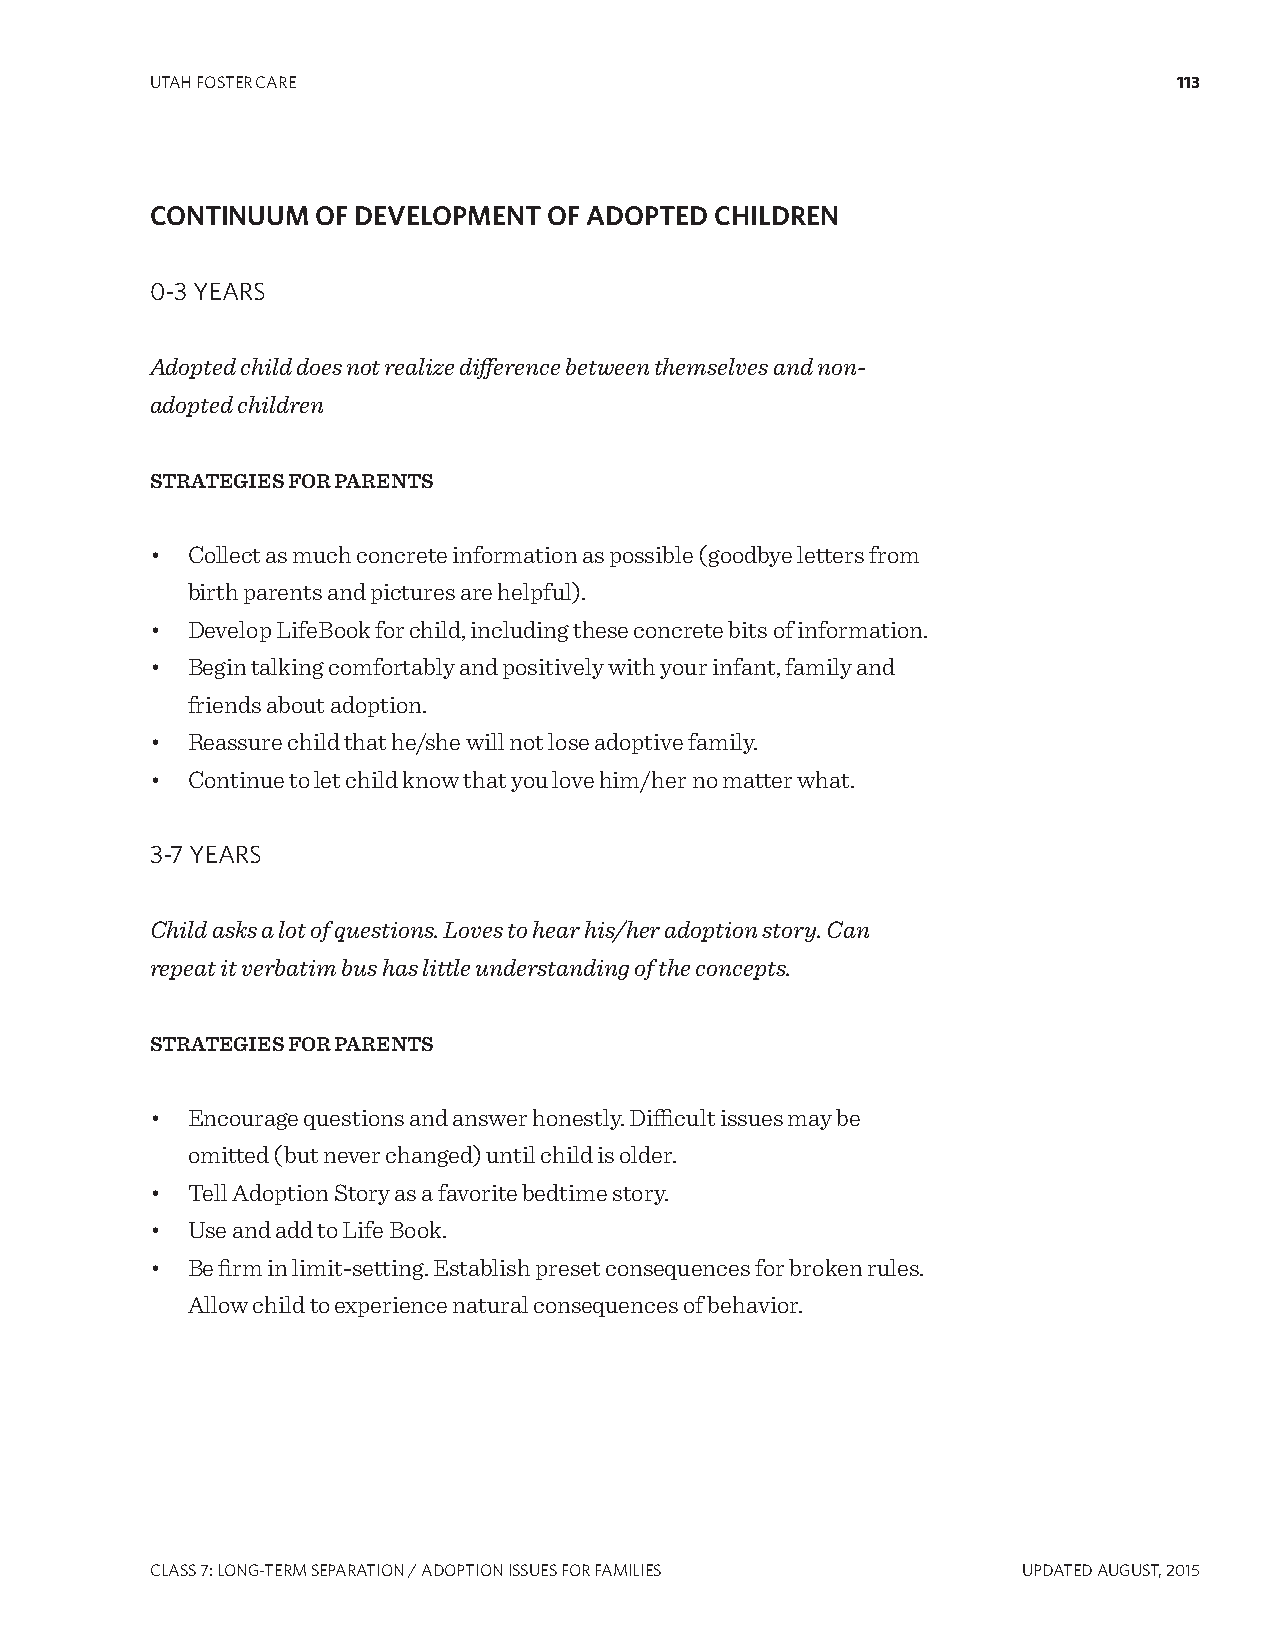
UTAH FOSTER CARE                                                    113
 CONTINUUM  OF DEVELOPMENT OF ADOPTED CHILDREN
 0-3 YEARS
 Adopted child does not realize difference between themselves and non-
 adopted children
 STRATEGIES FOR PARENTS
 • Collect as much concrete information as possible (goodbye letters from
 birth parents and pictures are helpful).
 • Develop LifeBook for child, including these concrete bits of information.
 • Begin talking comfortably and positively with your infant, family and
 friends about adoption.
 • Reassure child that he/she will not lose adoptive family.
 • Continue to let child know that you love him/her no matter what.
 3-7 YEARS
 Child asks a lot of questions. Loves to hear his/her adoption story. Can
 repeat it verbatim bus has little understanding of the concepts.
 STRATEGIES FOR PARENTS
 • Encourage questions and answer honestly. Difficult issues may be
 omitted (but never changed) until child is older.
 • Tell Adoption Story as a favorite bedtime story.
 • Use and add to Life Book.
 • Be firm in limit-setting. Establish preset consequences for broken rules.
 Allow child to experience natural consequences of behavior.
 CLASS 7: LONg-TERM SEPARATION / ADOPTION ISSUES FOR FAMILIES UPDATED AUgUST, 2015